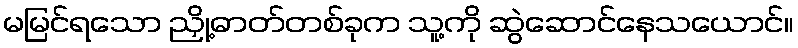
မမြင်ရသော ညှို့ဓာတ်တစ်ခုက သူ့ကို ဆွဲဆောင်နေသယောင်။